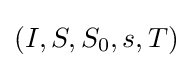
(I,S,S_{0},s,T)